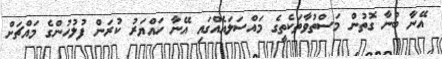
އޭނާ ބުނާ ގޮތުން މަސްތުވާތަކެތީގެ މައްސަަލައެއްގައި އޭނާ ހައްޔަރު ކުރަން ފުލުހުންގެ މައްޗަށް